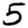
Digit: 5